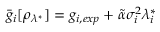
\bar { g } _ { i } [ \rho _ { \lambda ^ { * } } ] = g _ { i , e x p } + \tilde { \alpha } \sigma _ { i } ^ { 2 } \lambda _ { i } ^ { * }